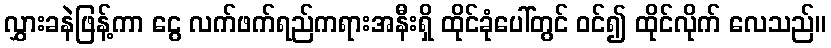
လွှားခနဲဖြန့်ကာ ငွေ လက်ဖက်ရည်ကရားအနီးရှိ ထိုင်ခုံပေါ်တွင် ဝင်၍ ထိုင်လိုက် လေသည်။